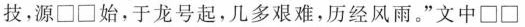
技。源□□始，于龙号起，几多艰难，历经风雨。”文中□□